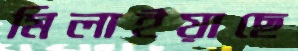
মিলাইয়াছে